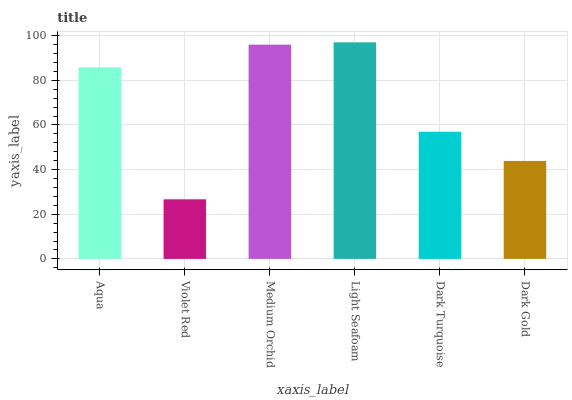
| xaxis_label | bars |
 | --- | --- |
 | Aqua | 85.9 |
 | Violet Red | 26.7 |
 | Medium Orchid | 96 |
 | Light Seafoam | 97 |
 | Dark Turquoise | 57 |
 | Dark Gold | 43.9 |